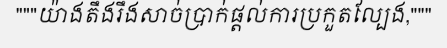
"""យ៉ាងតឹងរឹងសាច់ប្រាក់ផ្តល់ការប្រកួតល្បែង,"""